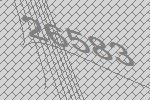
26583